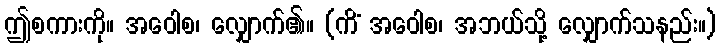
ဤစကားကို။ အဝေါစ၊ လျှောက်၏။ (ကိံ အဝေါစ၊ အဘယ်သို့ လျှောက်သနည်း။)